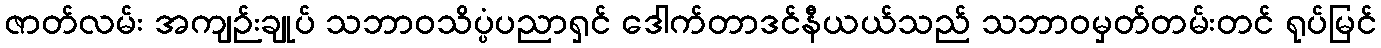
ဇာတ်လမ်း အကျဉ်းချုပ် သဘာဝသိပ္ပံပညာရှင် ဒေါက်တာဒင်နီယယ်သည် သဘာဝမှတ်တမ်းတင် ရုပ်မြင်